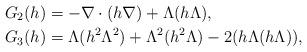
LaTeX: \begin{align*} G_2(h) &= -\nabla\cdot(h \nabla) + \Lambda(h \Lambda),\\ G_3(h) &= \Lambda(h^2\Lambda^2) + \Lambda^2(h^2 \Lambda) - 2( h \Lambda (h \Lambda)), \end{align*}